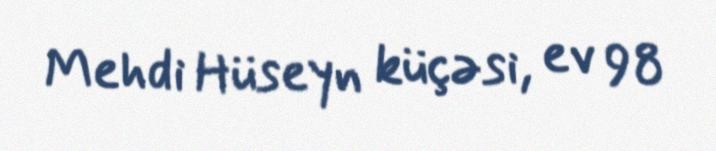
Mehdi Hüseyn küçəsi, ev 98